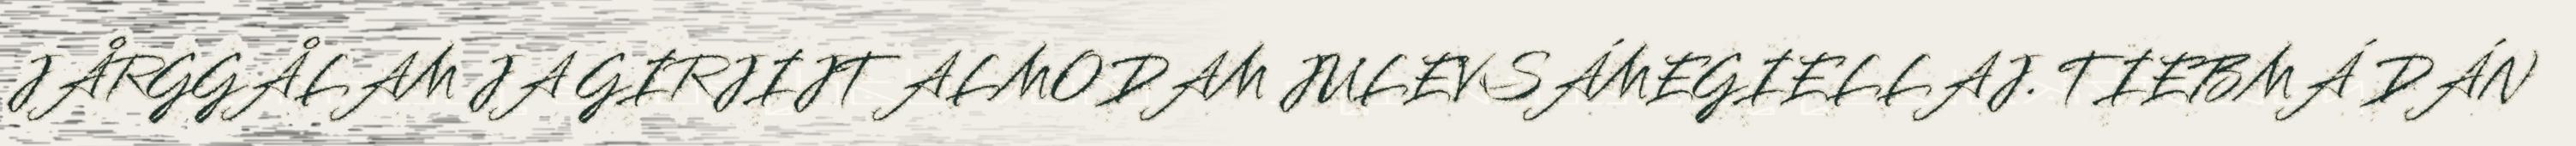
JÅRGGÅLAM JA GIRJIJT ALMODAM JULEVSÁMEGIELLAJ. TIEBMÁ DÁN